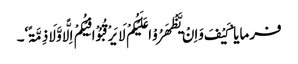
فرمایا ’کَیْفَ وَاِنْ یَّظْھَرُوْا عَلَیْکُمْ لَا یَرْقُبُوْا فِیْکُمْ اِلًّا وَّلَا ذِمَّۃً‘۔